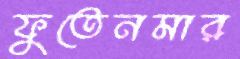
ফুতেনমার